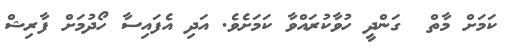
ކަމަށް މާތް  ގަންދީ ހުވާކުރައްވާ ކަމަށެވެ. އަދި އެފައިސާ ހޯދުމަށް ފާރިޝް